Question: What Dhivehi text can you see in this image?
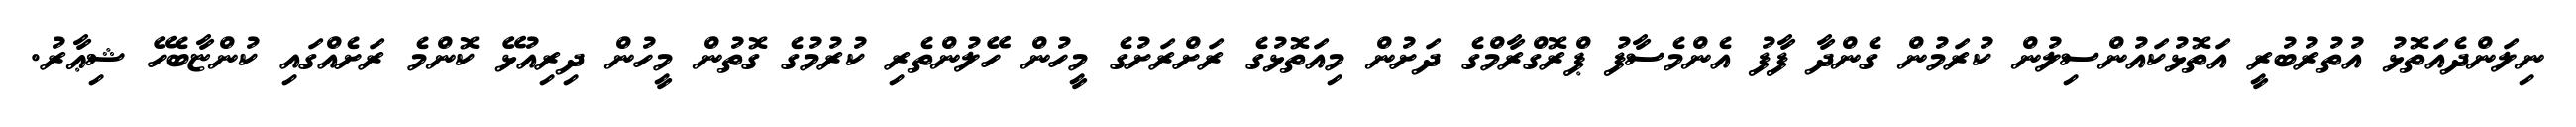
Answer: ނިލަންދެއަތޮޅު އުތުރުބުރީ އަތޮޅުކައުންސިލުން ކުރަމުން ގެންދާ ފާފު އެންމެސާފު ޕްރޮގްރާމްގެ ދަށުން މިއަތޮޅުގެ ރަށްރަށުގެ މީހުން ހޭލުންތެރި ކުރުމުގެ ގޮތުން މީހުން ދިރިއުޅޭ ކޮންމެ ރަށެއްގައި ކުންޏާބެހޭ ޝިޢާރު.